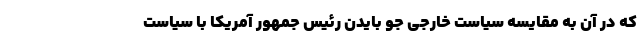
که در آن به مقایسه سیاست خارجی جو بایدن رئیس جمهور آمریکا با سیاست